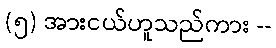
(၅) အားငယ်ဟူသည်ကား --